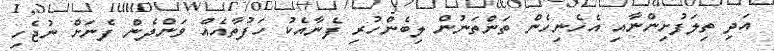
އަދި ތިލަފުށިންނާއި އެހެނިހެން ތަންތަނުން ލިބެންހުރި ފެނާއެކު ހަފުތާއެއް ވަންދެން ފެނަށް ނުޖެހި